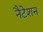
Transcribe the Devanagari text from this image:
नैटेशन